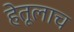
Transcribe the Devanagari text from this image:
हेतूलाच